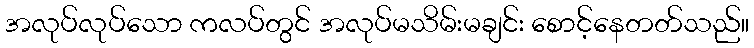
အလုပ်လုပ်သော ကလပ်တွင် အလုပ်မသိမ်းမချင်း စောင့်နေတတ်သည်။